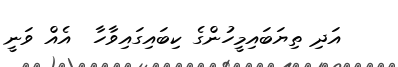
އަދި ތިޔަބައިމީހުންގެ ކިބައިގައިވާހާ  އެއް ވަނީ